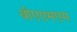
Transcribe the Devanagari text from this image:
बीएएमएम